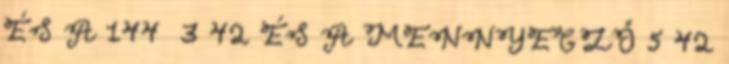
ÉS A 144 3 42 ÉS A MENNYEGZŐ 5 42